Jaan_Tonisson_(Lasteleht), lk 122
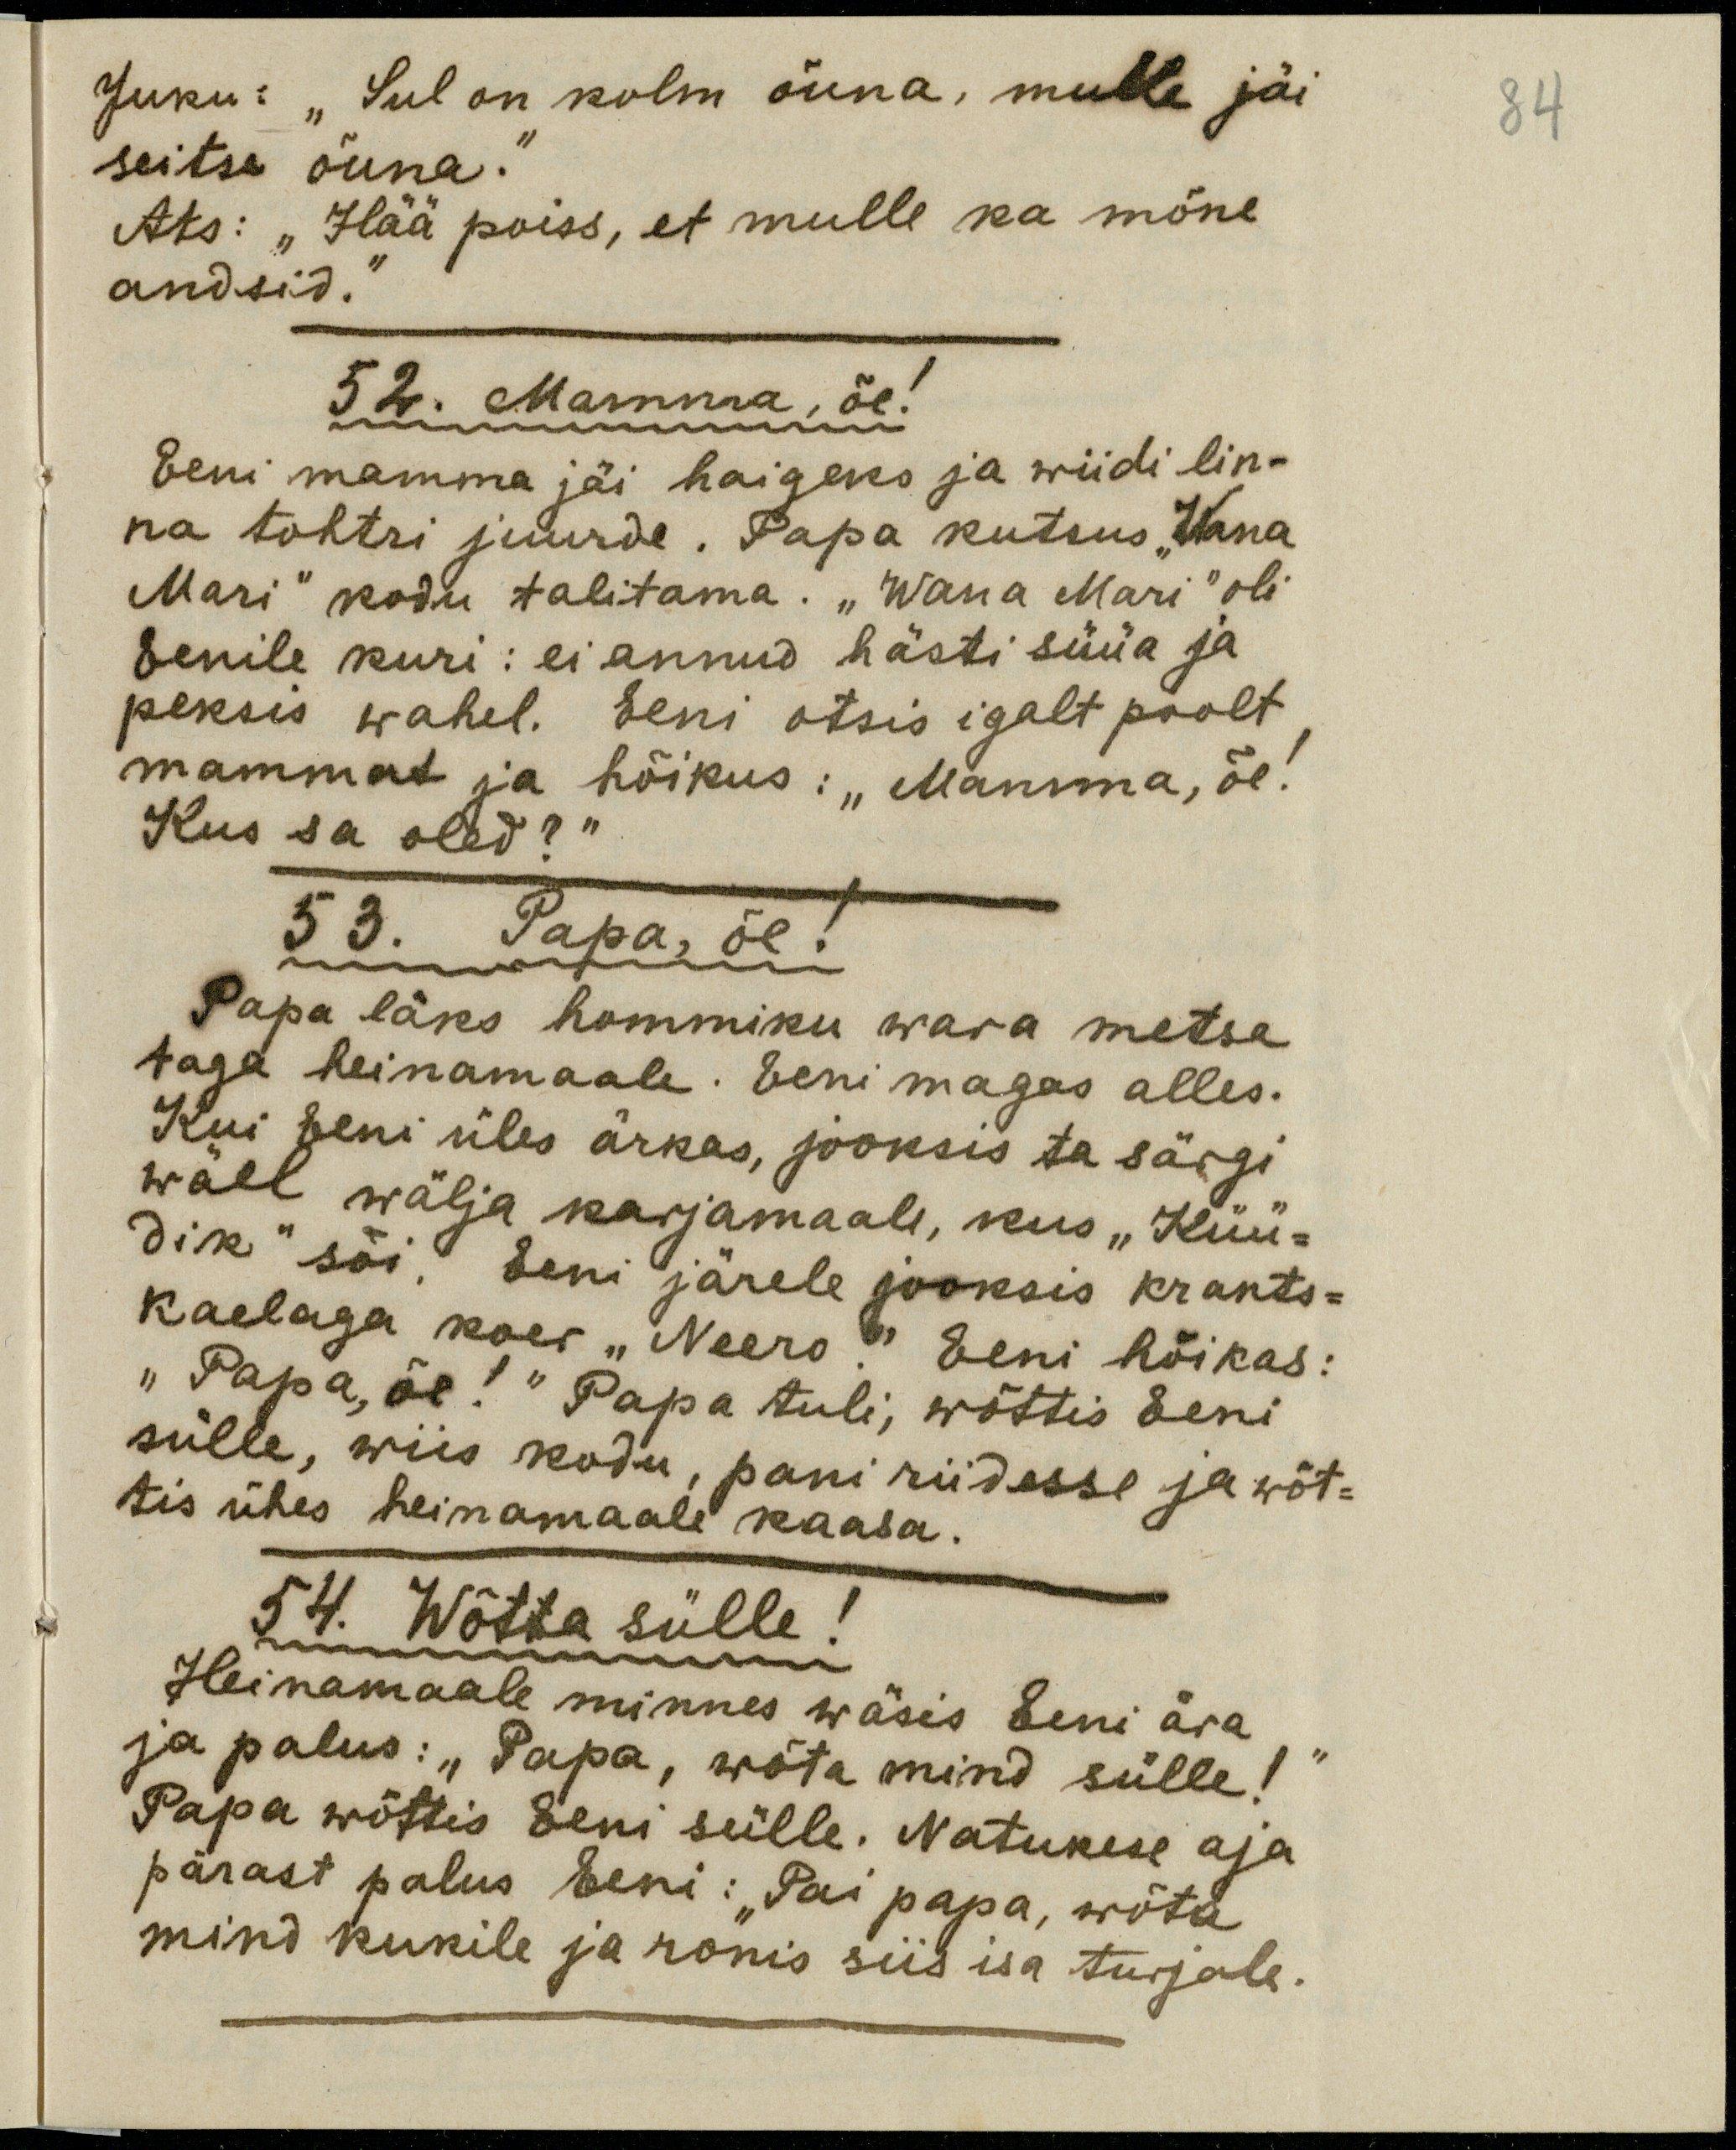
Juku: "Sul on kolm õuna, mulle jäi
seitse õuna."
Ats: "Hää poiss, et mulle ka mõne
andsid."
52. Mamma, õe!
Eeni mamma jäi haigeks ja wiidi lin-
na tohtri juurde. Papa kutsus " Wana
Mari" kodu talitama. "Wana Mari" oli
Eenile kuri: ei annud hästi süüa ja
peksis wahel. Eeni otsis igalt poolt
mammat ja hõikus: "Mamma, õe!
Kus sa oled?"
53. Papa, õe!
Papa läks hommiku wara metsa
taga heinamaale. Eeni magas alles.
Kui Eeni ärkas, jooksis ta särgi
wäel wälja karjamaale, kus "Küü-
dik" sõi, Eeni järele jooksis krants-
kaelaga koer "Neero." Eeni hõikas:
"Papa, õe!" Papa tuli, wõttis Eeni
sülle, wiis kodu pani riidesse ja wõt=
tis ühes heinamaale kaasa.
54. Wõtta sülle!
Heinamaale minnes wäsis Eeni ära
ja palus: "Papa, wõta mind sülle!"
Papa wõttis Eeni sülle. Natukese aja
pärast palus Eeni: "Pai papa, wõta
mind kukile ja ronis siis isa turjale.